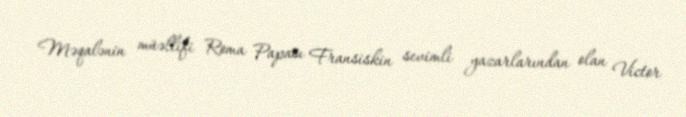
Məqalənin müəllifi Roma Papası Fransiskin sevimli yazarlarından olan Victor